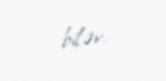
bilər.